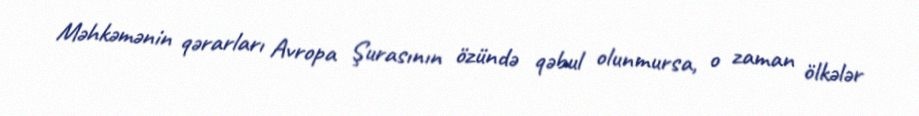
Məhkəmənin qərarları Avropa Şurasının özündə qəbul olunmursa, o zaman ölkələr